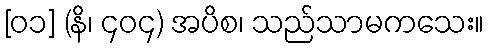
[၀၁] (နိ၊ ၄၀၄) အပိစ၊ သည်သာမကသေး။